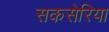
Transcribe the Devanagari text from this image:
सकसेरिया